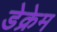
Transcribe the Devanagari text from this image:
डेक्रेम